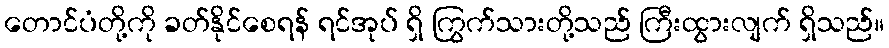
တောင်ပံတို့ကို ခတ်နိုင်စေရန် ရင်အုပ် ရှိ ကြွက်သားတို့သည် ကြီးထွားလျက် ရှိသည်။